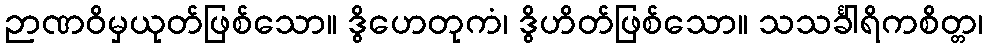
ဉာဏဝိမှယုတ်ဖြစ်သော။ ဒွိဟေတုကံ၊ ဒွိဟိတ်ဖြစ်သော။ သသင်္ခါရိကစိတ္တ၊